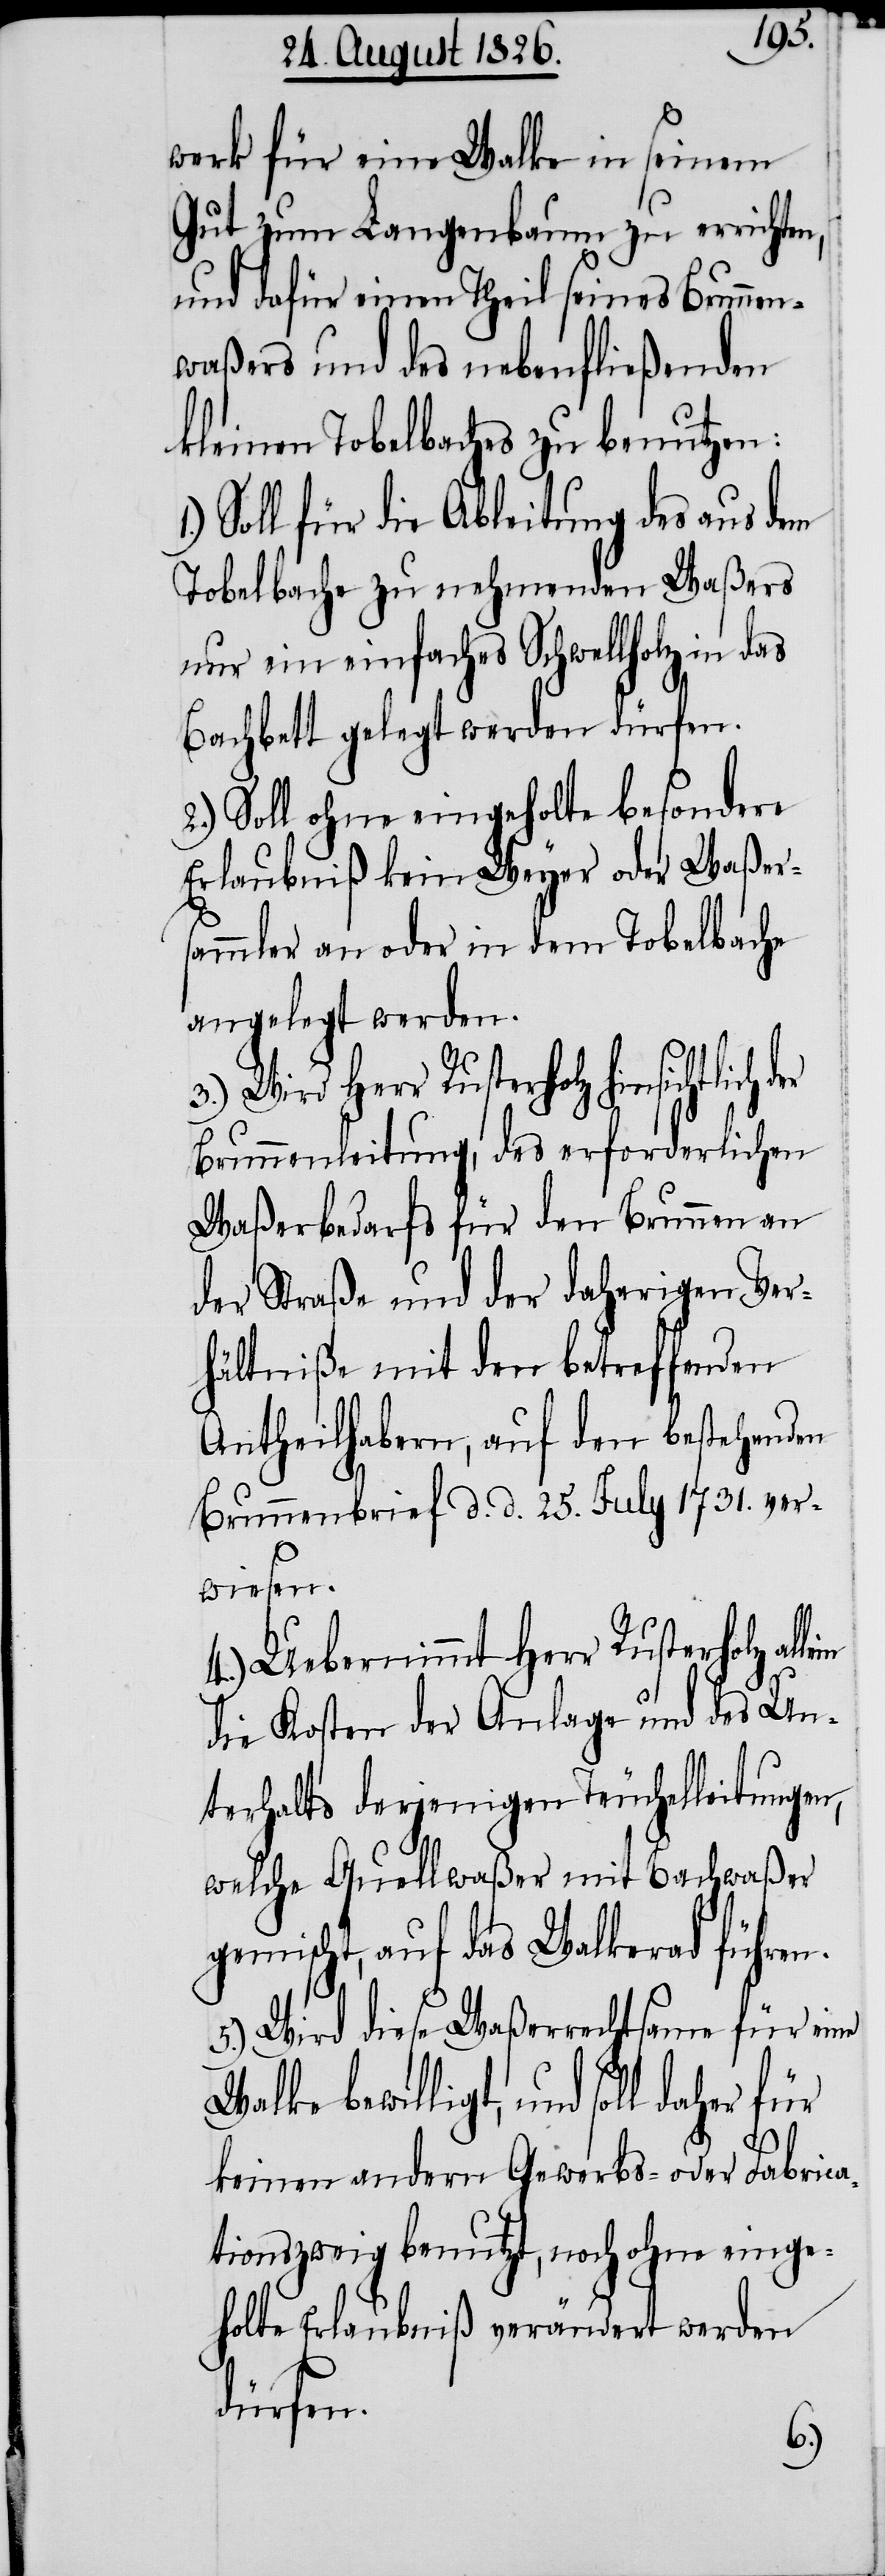
werk für eine Walke in seinem
Gut zum Langenbaum zu errichten,
und dafür einen Theil seines Brunnen¬
waßers und des nebenfließenden
kleinen Tobelbaches zu benutzen:
Soll für die Ableitung des aus dem
Tobelbache zu nehmenden Waßers
nur ein einfaches Schwellholz in das
Bachbett gelegt werden dürfen.
2.) Soll ohne eingeholte besondere
Erlaubniß kein Weyer oder Waßers¬
ammler an oder in dem Tobelbache
angelegt werden.
3.) Wird Herr Rusterholz
Brunnenleitung, des erforderlichen
Waßerbedarfs für den Brunnen an
der Straße und der daherigen Ver¬
hältniße mit den betreffenden
Antheilhabern, auf den bestehenden
Brunnenbrief d. d. 25. July 1731. ver¬
wiesen.
4.) Uebernimmt Herr Rusterholz
die Kosten der Anlage und des Un¬
terhalts derjenigen Teuchelleitungen,
welche Quellwaßer mit Bachwaßer
gemischt, auf das Walkerad führen.
5.) Wird diese Waßerrechtsame für eine
Walke bewilligt, und soll daher
keinen andern Gewerbs- oder Fabrica¬
tionszweig benutzt, noch ohne einge¬
holte Erlaubniß verändert werden
dürfen.